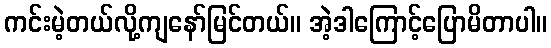
ကင်းမဲ့တယ်လို့ကျနော်မြင်တယ်။ အဲ့ဒါကြောင့်ပြောမိတာပါ။